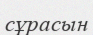
сұрасын